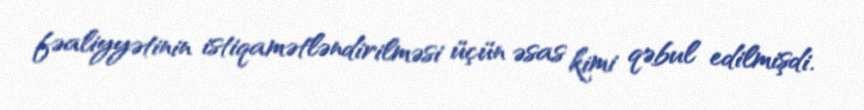
fəaliyyətinin istiqamətləndirilməsi üçün əsas kimi qəbul edilmişdi.